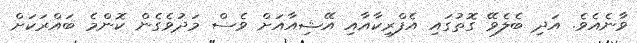
ވާނެއެވެ. އަދި ބެލެވޭ ގޮތުގައި އެފްރިކާއާއި އޭޝިއާއަށް ވެސް މަދުވެގެން ކޮންމެ ބައްރަކަށް